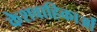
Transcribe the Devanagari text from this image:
केशवाहिकाओं